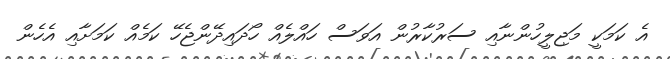
އެ ކަމަކީ މަޖިލީހުންނާއި ސަރުކާރުން އަވަސް ހައްލެއް ހޯދައިދޭންޖެހޭ ކަމެއް ކަމަށާއި އެހެން